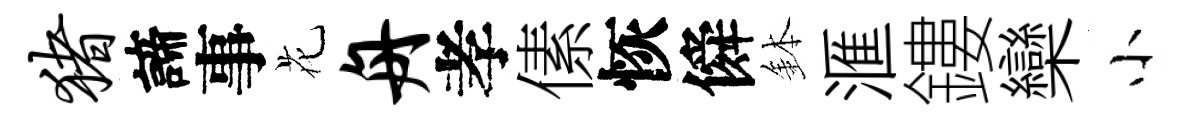
猪諦事花舟孝傃恢僢鉢滙鏤欒小